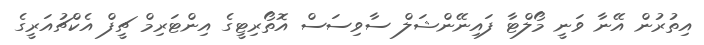
އިތުރުން އޭނާ ވަނީ މޯލްޓާ ފައިނޭންޝަލް ސާވިސަސް އޮތޯރިޓީގެ އިންޓަރިމް ޗީފް އެކްޗުއަރީގެ